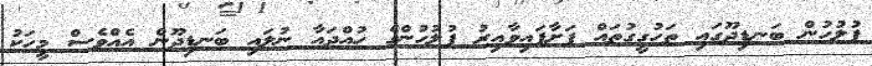
ފުލުހުން ބަނޑިދޫގައި ތަހުގީގުތައް ފަށާފައިވާއިރު ފުލުހުންގެ ހުއްދައާ ނުލައި ބަނޑިދޫން އެއްވެސް މީހަކު